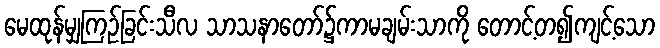
မေထုန်မျှကြဉ်ခြင်းသီလ သာသနာတော်၌ကာမချမ်းသာကို တောင့်တ၍ကျင့်သော